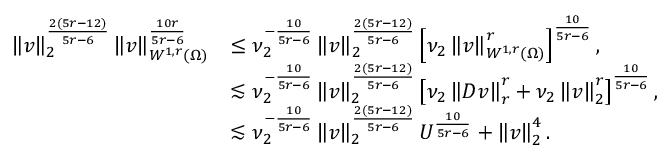
\begin{array} { r l } { \left\lVert \boldsymbol { v } \right\rVert _ { 2 } ^ { \frac { 2 ( 5 r - 1 2 ) } { 5 r - 6 } } \left\lVert \boldsymbol { v } \right\rVert _ { W ^ { 1 , r } ( \Omega ) } ^ { \frac { 1 0 r } { 5 r - 6 } } } & { \leq \nu _ { 2 } ^ { - \frac { 1 0 } { 5 r - 6 } } \left\lVert \boldsymbol { v } \right\rVert _ { 2 } ^ { \frac { 2 ( 5 r - 1 2 ) } { 5 r - 6 } } \left[ \nu _ { 2 } \left\lVert \boldsymbol { v } \right\rVert _ { W ^ { 1 , r } ( \Omega ) } ^ { r } \right] ^ { \frac { 1 0 } { 5 r - 6 } } , } \\ & { \lesssim \nu _ { 2 } ^ { - \frac { 1 0 } { 5 r - 6 } } \left\lVert \boldsymbol { v } \right\rVert _ { 2 } ^ { \frac { 2 ( 5 r - 1 2 ) } { 5 r - 6 } } \left[ \nu _ { 2 } \left\lVert \boldsymbol { D v } \right\rVert _ { r } ^ { r } + \nu _ { 2 } \left\lVert \boldsymbol { v } \right\rVert _ { 2 } ^ { r } \right] ^ { \frac { 1 0 } { 5 r - 6 } } , } \\ & { \lesssim \nu _ { 2 } ^ { - \frac { 1 0 } { 5 r - 6 } } \left\lVert \boldsymbol { v } \right\rVert _ { 2 } ^ { \frac { 2 ( 5 r - 1 2 ) } { 5 r - 6 } } U ^ { \frac { 1 0 } { 5 r - 6 } } + \left\lVert \boldsymbol { v } \right\rVert _ { 2 } ^ { 4 } . } \end{array}